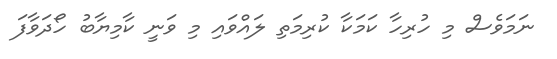
ނަމަވެސް މި ހުރިހާ ކަމަކާ ކުރިމަތި ލައްވައި މި ވަނީ ކާމިޔާބު ހޯދަވާފަ